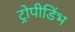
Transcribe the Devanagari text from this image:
ट्रोपीडिंभ